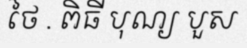
ថៃ . ពិធី បុណ្យ បួស